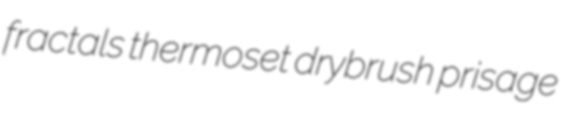
fractals thermoset drybrush prisage